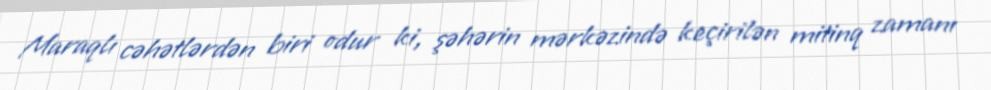
Maraqlı cəhətlərdən biri odur ki, şəhərin mərkəzində keçirilən mitinq zamanı